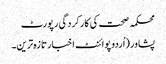
محکمہ صحت کی کارکردگی رپورٹ
پشاور(اُردو پوائنٹ اخبارتازہ ترین۔